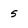
Character: 5